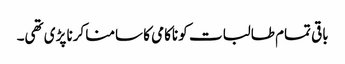
باقی تمام طالبات کو ناکامی کا سامنا کرنا پڑی تھی۔